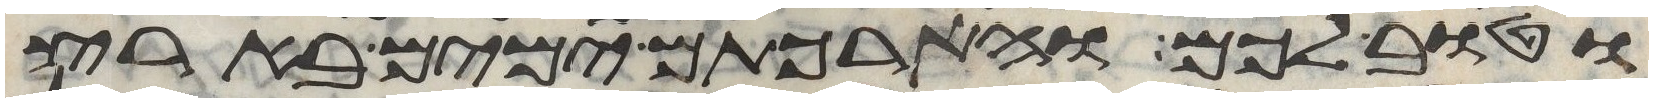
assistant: וטוב לכם והארכתם ימים בארץ